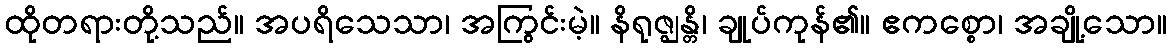
ထိုတရားတို့သည်။ အပရိသေသာ၊ အကြွင်းမဲ့။ နိရုဇ္ဈန္တိ၊ ချုပ်ကုန်၏။ ဧကစ္စော၊ အချို့သော။